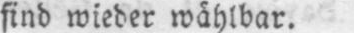
sind wieder wählbar.